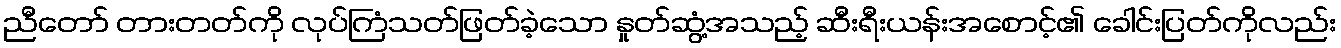
ညီတော် တားတတ်ကို လုပ်ကြံသတ်ဖြတ်ခဲ့သော နှုတ်ဆွံ့အသည့် ဆီးရီးယန်းအစောင့်၏ ခေါင်းပြတ်ကိုလည်း